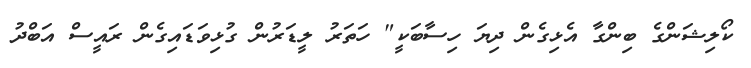
ކޯލިޝަންގެ ބިންގާ އެޅިގެން ދިޔަ ހިސާބަކީ" ހަތަރު ލީޑަރުން ގުޅިވަޑައިގެން ރައީސް އަބްދު